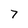
Character: 7